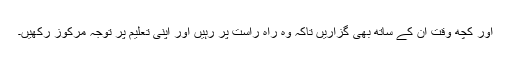
اور کچھ وقت ان کے ساتھ بھی گزاریں تاکہ وہ راہ ِراست پر رہیں اور اپنی تعلیم پر توجہ مرکوز رکھیں۔